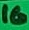
Text: 16